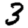
Digit: 3